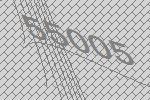
55005